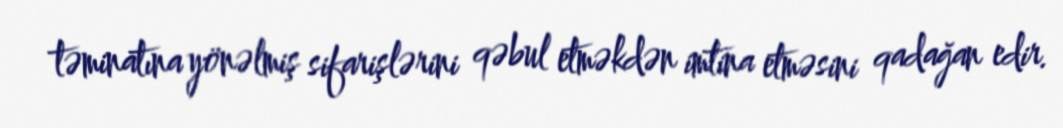
təminatına yönəlmiş sifarişlərini qəbul etməkdən imtina etməsini qadağan edir.